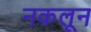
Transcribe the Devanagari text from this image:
नकलून